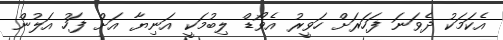
އެކަމަކު ދެވަނަ ފަހަރަށް ހަވީރު އެވޯޑް ލިބުމަކީ އަނިޔާ އަށް ފަހު އަލުން